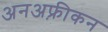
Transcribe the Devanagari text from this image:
अनअफ़्रीकन